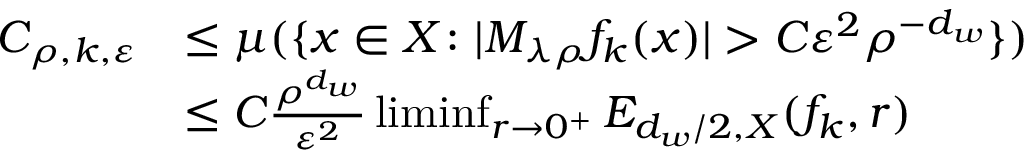
\begin{array} { r l } { C _ { \rho , k , \varepsilon } } & { \leq \mu ( \{ x \in X \colon | M _ { \lambda \rho } f _ { k } ( x ) | > C \varepsilon ^ { 2 } \rho ^ { - d _ { w } } \} ) } \\ & { \leq C \frac { \rho ^ { d _ { w } } } { \varepsilon ^ { 2 } } \operatorname* { l i m i n f } _ { r \to 0 ^ { + } } E _ { d _ { w } / 2 , X } ( f _ { k } , r ) } \end{array}